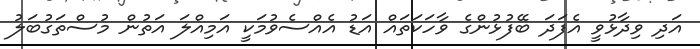
އަދި ވިދާޅުވީ އެފަދަ ބޭފުޅުންގެ ވާހަކަތައް އަޑު އެއްސެވުމަކީ އަމިއްލަ އަތުން މުސްތަގުބަލު